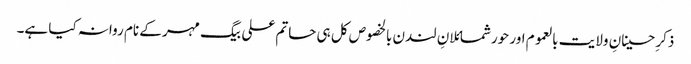
ذکرِ حسینانِ ولایت بالعموم اور حورشمائلانِ لندن بالخصوص کل ہی حاتم علی بیگ مہر کے نام روانہ کیا ہے۔